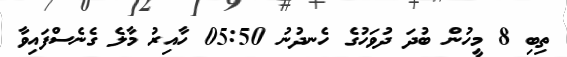
ތިބި 8 މީހުން ބުދަ ދުވަހުގެ ހެނދުނު 05:50 ހާއިރު މާލެ ގެނެސްފައިވާ